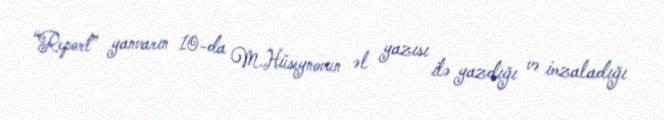
“Report” yanvarın 10-da M.Hüseynovun əl yazısı ilə yazdığı və imzaladığı